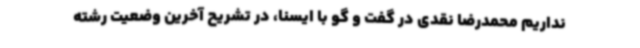
نداریم محمدرضا نقدی در گفت و گو با ایسنا، در تشریح آخرین وضعیت رشته